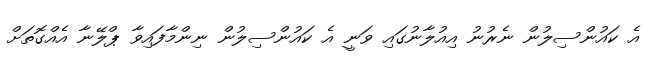
އެ ކައުންސިލުން ނެރުނު އިއުލާނުގައި ވަނީ އެ ކައުންސިލުން ނިންމާފައިވާ ޕްލޭނާ އެއްގޮތަށް